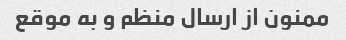
ممنون از ارسال منظم و به موقع